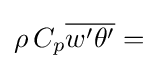
\rho \,C_{p}{\overline {w'\theta '}}=